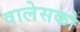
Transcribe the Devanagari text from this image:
वालेसको